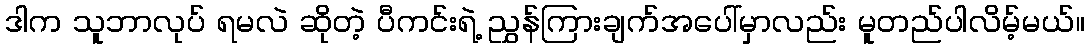
ဒါက သူဘာလုပ် ရမလဲ ဆိုတဲ့ ပီကင်းရဲ့ ညွှန်ကြားချက်အပေါ်မှာလည်း မူတည်ပါလိမ့်မယ်။